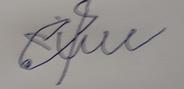
Signature authenticity: forged